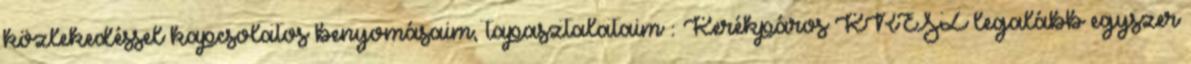
közlekedéssel kapcsolatos benyomásaim, tapasztalataim : Kerékpáros KRESZ legalább egyszer